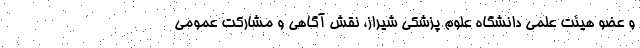
و عضو هیئت علمی دانشگاه علوم پزشکی شیراز، نقش آگاهی و مشارکت عمومی